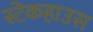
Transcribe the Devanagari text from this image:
स्टेकहाउस